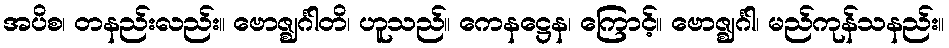
အပိစ၊ တနည်းလည်း။ ဗောဇ္ဈင်္ဂါတိ၊ ဟူသည်။ ကေနဋ္ဌေန၊ ကြောင့်။ ဗောဇ္ဈင်္ဂါ၊ မည်ကုန်သနည်း။